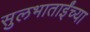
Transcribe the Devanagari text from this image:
सुलभाताईंच्या